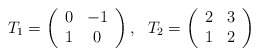
\begin{align*}T_{1} = \left( \begin{array}{cc} 0 & -1 \\ 1 & 0 \end{array} \right),~~ T_{2} = \left( \begin{array}{cc} 2 & 3\\ 1 & 2 \end{array} \right)\end{align*}